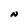
Character: N